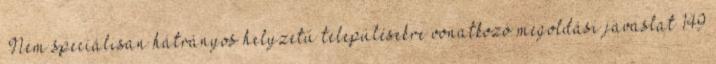
▪Nem speciálisan hátrányos helyzetű településekre vonatkozó megoldási javaslat 149